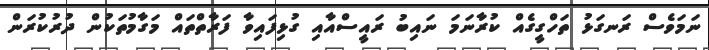
ނަމަވެސް ރަނގަޅު ތަހްގީގެއް ކުރާނަމަ ނައިބު ރައީސްއާއި ގުޅިފައިވާ ފަރާތްތައް މަގާމުތަކުން ދުރުކުރަން